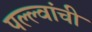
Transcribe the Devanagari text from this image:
पल्ल्वांची